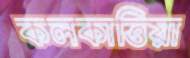
কলকাত্তিয়া